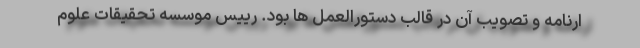
ارنامه و تصویب آن در قالب دستورالعمل ها بود. رییس موسسه تحقیقات علوم